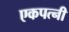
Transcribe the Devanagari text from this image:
एकपत्‍नी